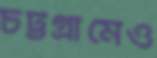
চট্টগ্রামেও